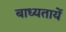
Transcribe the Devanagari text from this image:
बाध्यतायें